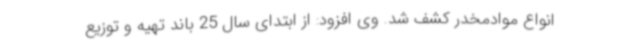
انواع موادمخدر کشف شد. وی افزود: از ابتدای سال 25 باند تهیه و توزیع